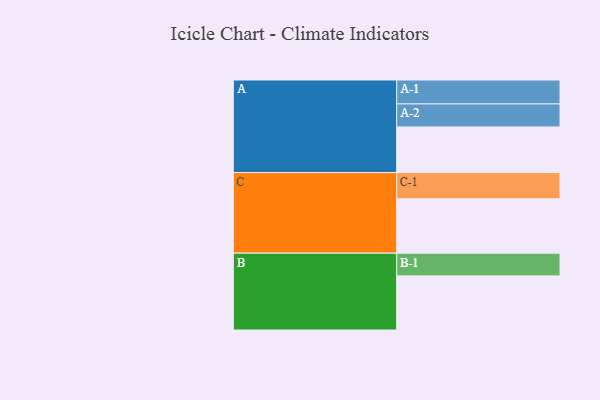
{"axis": {"x": "Segment", "y": "Value"}, "legend": ["", "A", "B", "C"], "data": [{"x": "A", "y": 446, "type": ""}, {"x": "B", "y": 529, "type": ""}, {"x": "C", "y": 531, "type": ""}, {"x": "A-1", "y": 234, "type": "A"}, {"x": "A-2", "y": 225, "type": "A"}, {"x": "B-1", "y": 222, "type": "B"}, {"x": "C-1", "y": 257, "type": "C"}]}